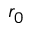
r _ { 0 }